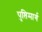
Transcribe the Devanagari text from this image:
पुष्तिमार्ग